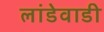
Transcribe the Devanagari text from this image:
लांडेवाडी